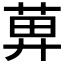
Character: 𦱓